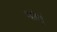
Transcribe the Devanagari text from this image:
बांधूं